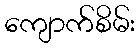
ကျောက်စိမ်း